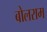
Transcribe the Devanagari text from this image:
बोलराम